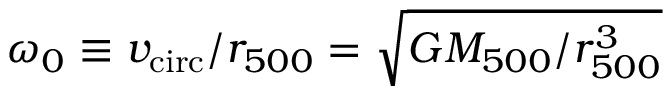
\omega _ { 0 } \equiv v _ { \mathrm { c i r c } } / r _ { 5 0 0 } = \sqrt { G M _ { 5 0 0 } / r _ { 5 0 0 } ^ { 3 } }